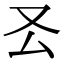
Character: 𠬟